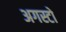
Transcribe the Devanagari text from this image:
अगस्टो